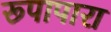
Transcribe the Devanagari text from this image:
रूपापारा